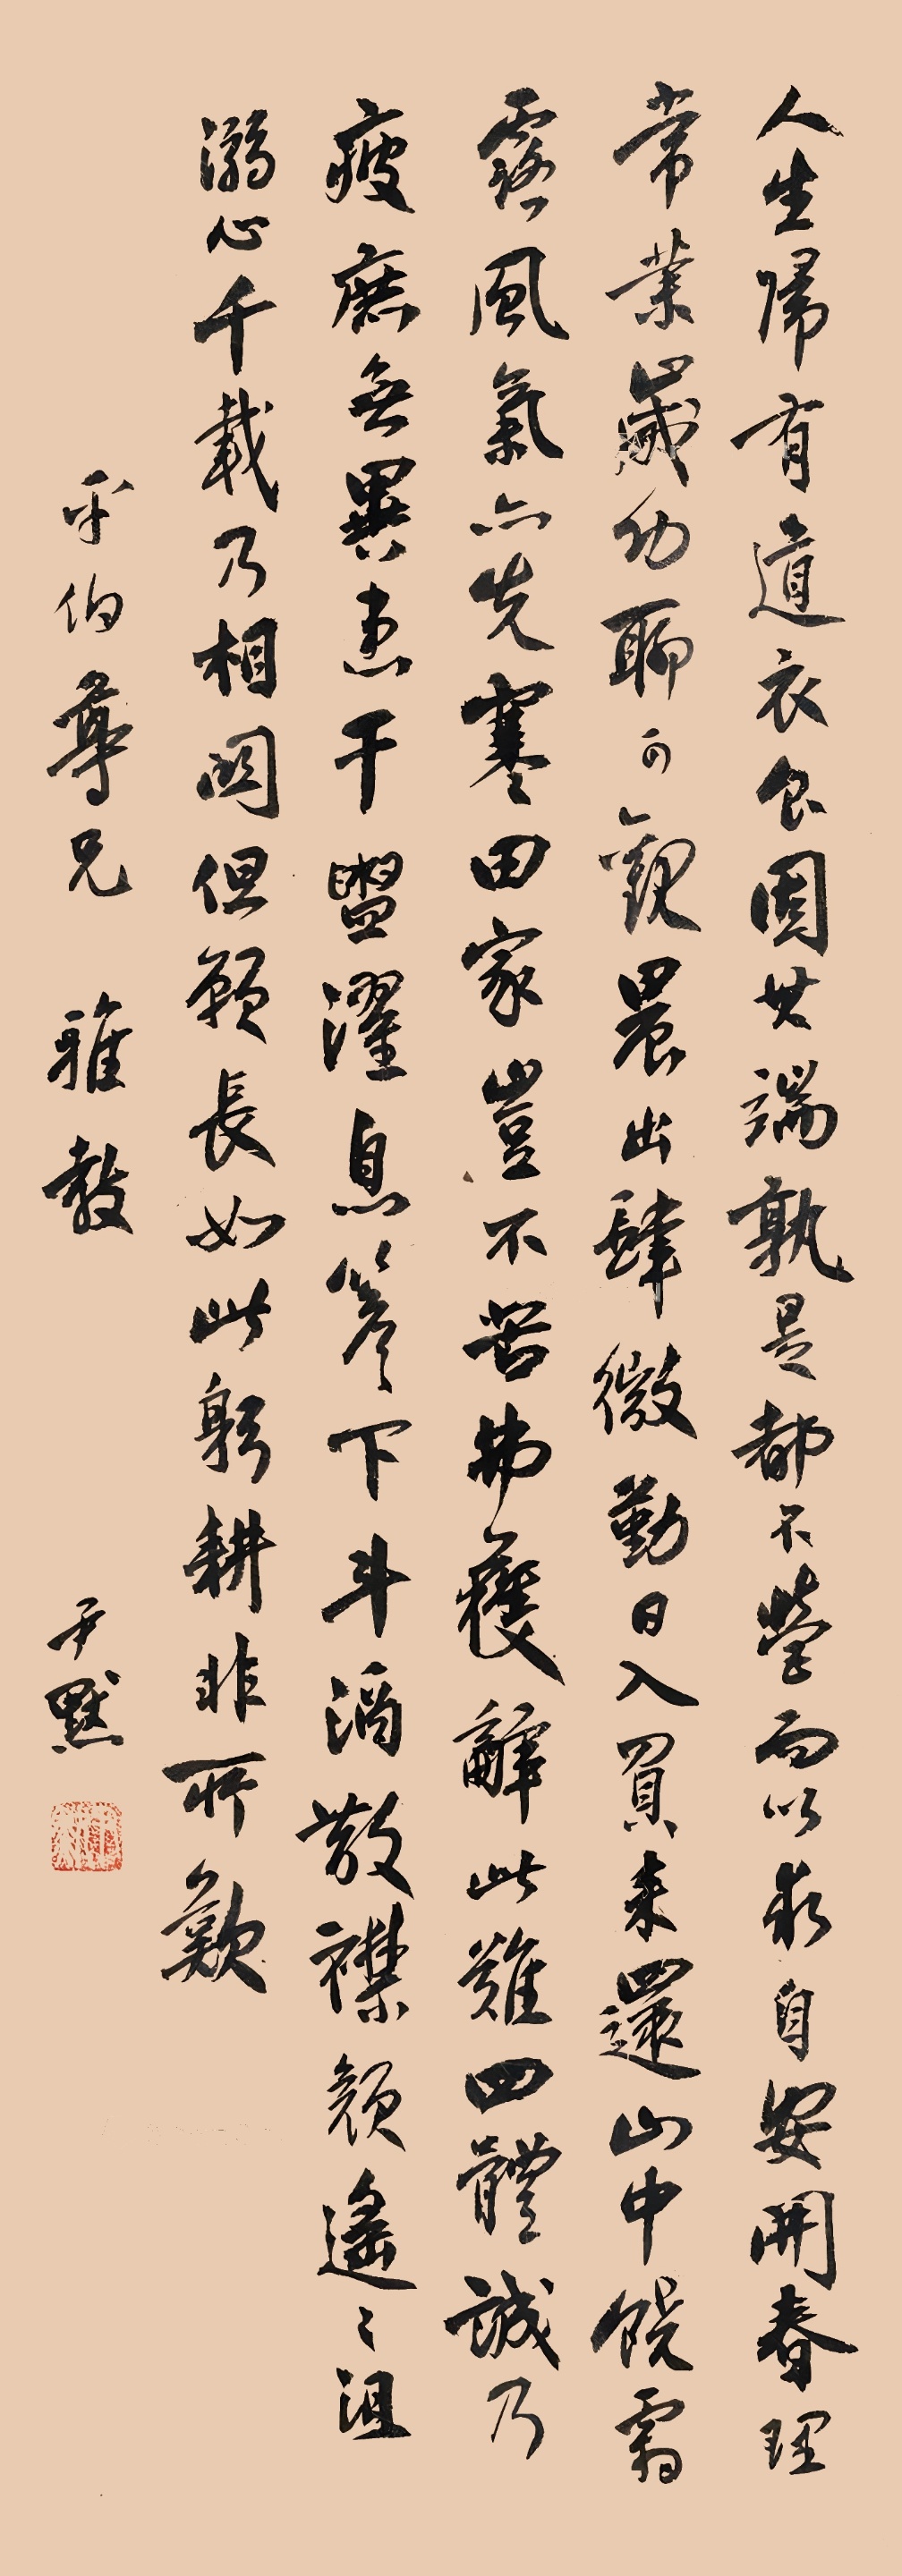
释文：人生归有道，衣食固其端。孰是都不营，而以求自安。开春理常业，岁功聊可观；晨出肆微勤，日入负耒还。山中饶霜露，风气亦先寒，田家岂不苦？弗获辞此难。四体诚乃疲，庶无异患干。盥濯息檐下，斗酒散襟颜，遥遥沮溺心，千载乃相关。但愿长如此，躬耕非所叹。平伯尊兄雅教，尹默。